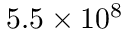
5 . 5 \times 1 0 ^ { 8 }